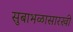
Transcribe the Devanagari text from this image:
सुबाभळासारखी